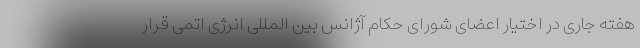
هفته جاری در اختیار اعضای شورای حکام آژانس بین المللی انرژی اتمی قرار